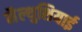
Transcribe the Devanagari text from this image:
मैल्थुशियाई